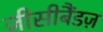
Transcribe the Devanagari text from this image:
जीसीबैंडज़